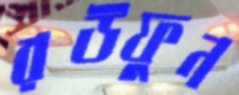
রউফুন